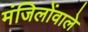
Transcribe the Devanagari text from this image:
मंजिलोंवाले